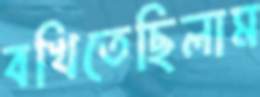
বখিতেছিলাম